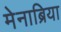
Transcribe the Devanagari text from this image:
मेनाब्रिया